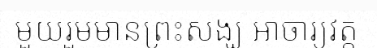
មួយរួមមានព្រះសង្ឃ អាចារ្យវត្ត